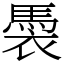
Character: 䮍